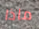
ماذا